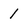
Character: 1